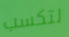
لتكسب